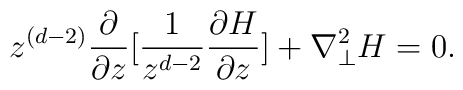
z^{(d - 2)}\frac{\partial}{{\partial}z}[\frac{1}{z^{d - 2}}\frac{{\partial}H}{{\partial}z}] +{\nabla}^{2}_{\perp} H = 0.